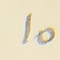
10